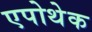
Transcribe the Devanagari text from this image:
एपोथेक